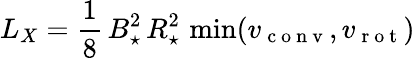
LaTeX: L_{X}=\frac 18\, B_{\star}^{2}\, R_{\star}^{2}\, \operatorname*{min}(v_{\mathrm{~c~o~n~v~}},v_{\mathrm{~r~o~t~}})